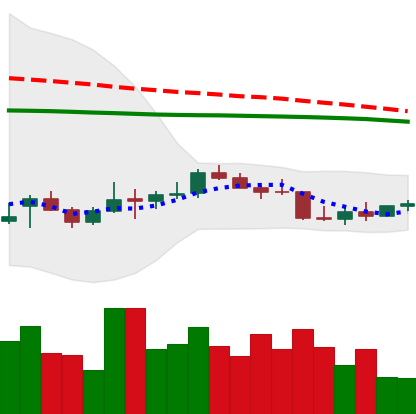
Ticker: LTC-USD
Chart end date: 2022-01-02
Forward return: -13.069%
Label: down_7plus